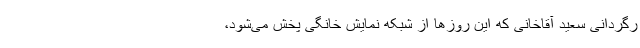
رگردانی سعید آقاخانی که این روزها از شبکه نمایش خانگی پخش می‌شود،